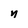
Character: n